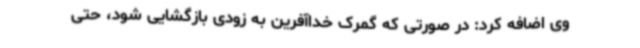
وی اضافه کرد: در صورتی که گمرک خداآفرین به زودی بازگشایی شود، حتی